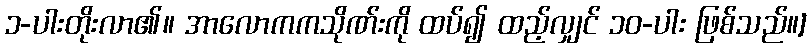
၁-ပါးတိုးလာ၏။ အာလောကကသိုဏ်းကို ထပ်၍ ထည့်လျှင် ၁၀-ပါး ဖြစ်သည်။]